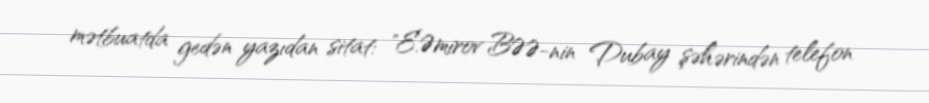
mətbuatda gedən yazıdan sitat: "E.Əmirov BƏƏ-nin Dubay şəhərindən telefon